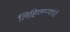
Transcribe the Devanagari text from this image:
लिहिणाऱ्यांची